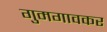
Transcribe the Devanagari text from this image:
गुमगावकर